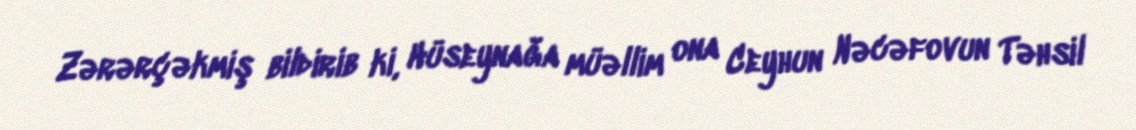
Zərərçəkmiş bildirib ki, Hüseynağa müəllim ona Ceyhun Nəcəfovun Təhsil